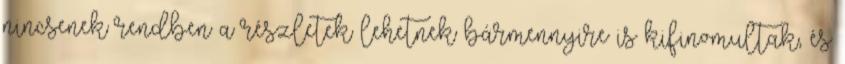
nincsenek rendben a részletek lehetnek bármennyire is kifinomultak, és